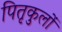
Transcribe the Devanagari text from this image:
पितृकुलों